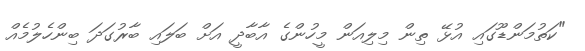
"ކަތުމަންޑޫގައި އުޅޭ ތިން މިލިއަން މީހުންގެ އާބާދީ އަށް ބަލައި ބާރުގަދަ ބިންހެލުމެއް